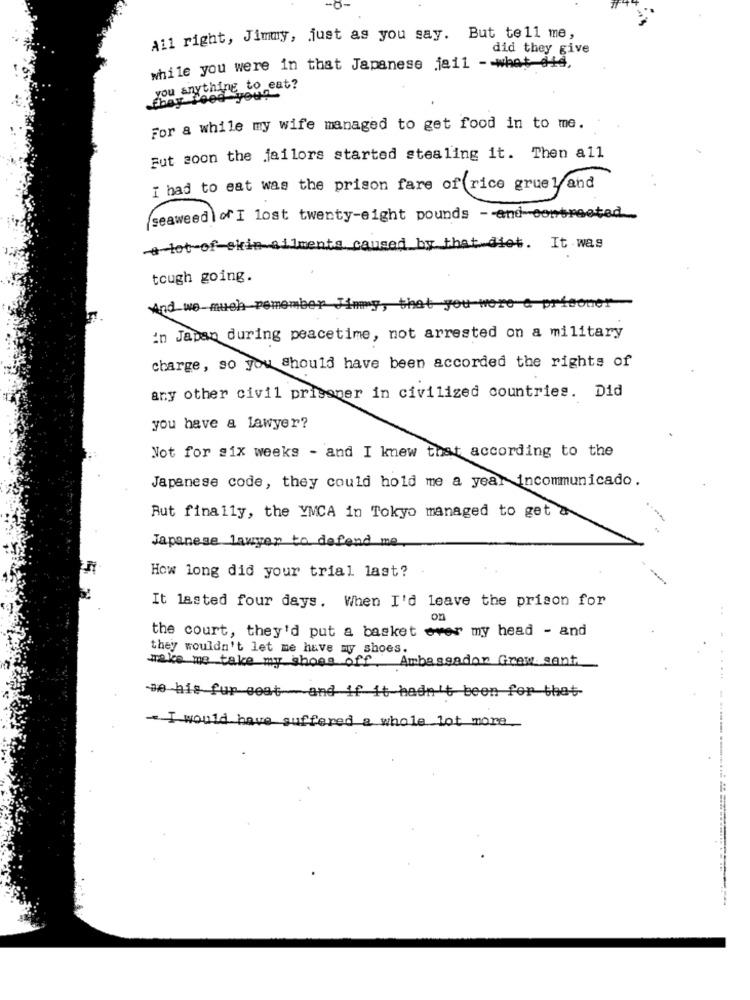
All right, Jimmy, just as you say. But tell me,
did they give
while you were in that Japanese jail -- what did,
you anything to eat?
Ebay Peed you?"
For a while my wife managed to get food in to me.
Fut soon the jailors started stealing it. Then all
I had to eat was the prison fare of rice gruel and
seaweed of I lost twenty-eight pounds - and-contreated_
alot-of-skin-ailments caused by that diet. It was
tough going.
And we-much remember J
, that you were a prisoner
in Japan during peacetime, not arrested on a military
charge, so you should have been accorded the rights of
any other civil prisoner in civilized countries. Did
you have a lawyer?
Not for six weeks - and I knew that according to the
Japanese code, they could hold me a year incommunicado.
Rut finally, the YMCA in Tokyo managed to get a
Japanese lawyer to defend me
How long did your trial last?
It lasted four days. When I'd leave the prison for
on
the court, they'd put a basket over my head - and
44
they wouldn't let me have my shoes.
make me take my shoes off
Ambassador Grew. sant
we his fur seat and if it hadn't been for that
-- I would have suffered a whole lot more